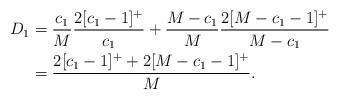
LaTeX: \begin{align*} D_1 &= \frac{c_1}{M} \frac{ 2[c_1-1]^+}{c_1}+ \frac{M- c_1}{M} \frac{ 2[M - c_1-1]^+}{M-c_1} \\&= \frac{2[c_1-1]^+ + 2[M - c_1-1]^+ }{M}. \end{align*}